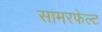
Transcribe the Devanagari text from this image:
सामरफेल्ट